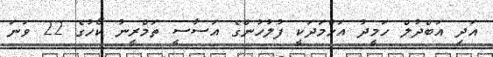
އަދި އަބްދުލް ހަމީދު އަހްމަދަކީ ފުލުހުންގެ އަސާސީ ތަމްރީނު ކޯހުގެ 22 ވަނަ